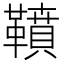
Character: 䩿